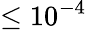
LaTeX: \leq 10^{-4}